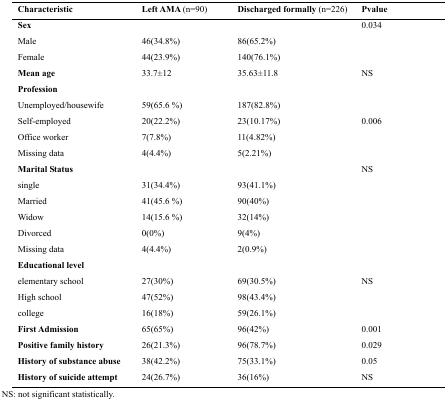
<table><thead><tr><td><b>Characteristic</b></td><td><b>Left AMA (n=90)</b></td><td><b>Discharged formally (n=226)</b></td><td><b>Pvalue</b></td></tr></thead><tbody><tr><td><b>Sex</b></td><td></td><td></td><td>0.034</td></tr><tr><td>Male</td><td>46(34.8%)</td><td>86(65.2%)</td><td></td></tr><tr><td>Female</td><td>44(23.9%)</td><td>140(76.1%)</td><td></td></tr><tr><td><b>Mean age</b></td><td>33.7±12</td><td>35.63±11.8</td><td>NS</td></tr><tr><td><b>Profession</b></td><td></td><td></td><td></td></tr><tr><td>Unemployed/housewife</td><td>59(65.6 %)</td><td>187(82.8%)</td><td></td></tr><tr><td>Self-employed</td><td>20(22.2%)</td><td>23(10.17%)</td><td>0.006</td></tr><tr><td>Office worker</td><td>7(7.8%)</td><td>11(4.82%)</td><td></td></tr><tr><td>Missing data</td><td>4(4.4%)</td><td>5(2.21%)</td><td></td></tr><tr><td><b>Marital Status</b></td><td></td><td></td><td>NS</td></tr><tr><td>single</td><td>31(34.4%)</td><td>93(41.1%)</td><td></td></tr><tr><td>Married</td><td>41(45.6 %)</td><td>90(40%)</td><td></td></tr><tr><td>Widow</td><td>14(15.6 %)</td><td>32(14%)</td><td></td></tr><tr><td>Divorced</td><td>0(0%)</td><td>9(4%)</td><td></td></tr><tr><td>Missing data</td><td>4(4.4%)</td><td>2(0.9%)</td><td></td></tr><tr><td><b>Educational level</b></td><td></td><td></td><td></td></tr><tr><td>elementary school</td><td>27(30%)</td><td>69(30.5%)</td><td>NS</td></tr><tr><td>High school</td><td>47(52%)</td><td>98(43.4%)</td><td></td></tr><tr><td>college</td><td>16(18%)</td><td>59(26.1%)</td><td></td></tr><tr><td><b>First Admission</b></td><td>65(65%)</td><td>96(42%)</td><td>0.001</td></tr><tr><td><b>Positive family history</b></td><td>26(21.3%)</td><td>96(78.7%)</td><td>0.029</td></tr><tr><td><b>History of substance abuse</b></td><td>38(42.2%)</td><td>75(33.1%)</td><td>0.05</td></tr><tr><td><b>History of suicide attempt</b></td><td>24(26.7%)</td><td>36(16%)</td><td>NS</td></tr></tbody></table>